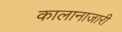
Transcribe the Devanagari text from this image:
कालानाजारी